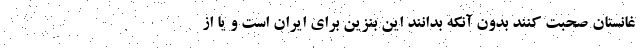
غانستان صحبت کنند بدون آنکه بدانند این بنزین برای ایران است و یا از